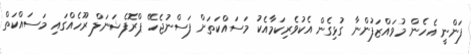
ފަންނީ އެހެން މުވައްޒަފުންނާ ގުޅިގެން އެކުވެރިކަމާއެކު މަސައްކަތަށް ފަސްނުޖެހޭ ޕްރޮފެޝަނަލް ރޫހެއްގައި މަސައްކަތް